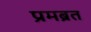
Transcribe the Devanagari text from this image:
प्रमब्रत